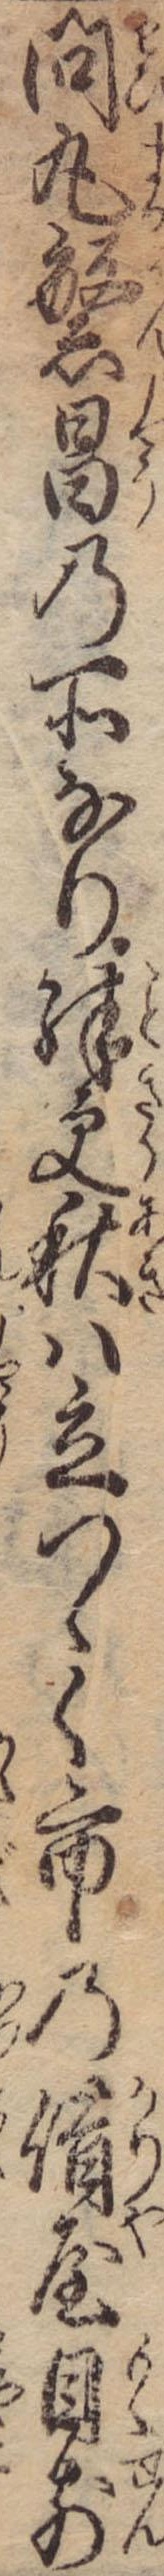
問丸繁昌の所なり殊更秋は立つゝく市の借屋目前